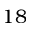
1 8